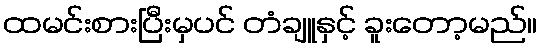
ထမင်းစားပြီးမှပင် တံချူနှင့် ခူးတော့မည်။